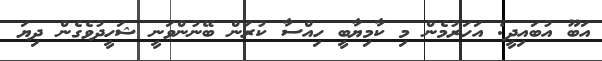
އަބޫ އުބައިދީ: އަހަރުމެން މި ކާމިޔާބީ ހިއްސާ ކުރަން ބޭނުންވަނީ ޝަހީދުވެގެން ދިޔަ